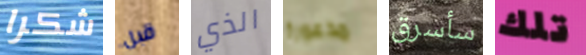
شكرا قبل الذي مذعورة سأسرق تلك